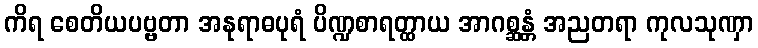
ကိရ စေတိယပဗ္ဗတာ အနုရာဓပုရံ ပိဏ္ဍစာရတ္ထာယ အာဂစ္ဆန္တံ အညတရာ ကုလသုဏှာ